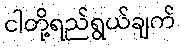
ငါတို့ရည်ရွယ်ချက်